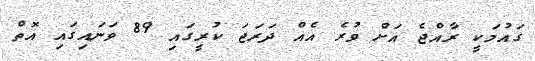
ގައުމަކީ ރާއްޖެ އަށް ވުރެ އެއް ދަރަޖަ ކުރީގައި 89 ވަނައިގައި އޮތް